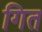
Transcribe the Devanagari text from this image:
गित